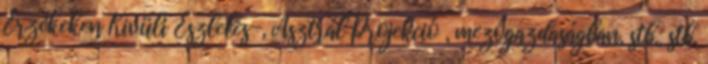
Érzékeken Kivüli Észlelés-, Asztrál Projekció , mezőgazdaságban, stb., stb.